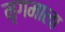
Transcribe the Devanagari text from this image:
मृगमाला